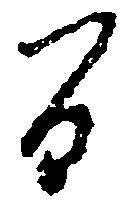
間